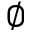
\emptyset